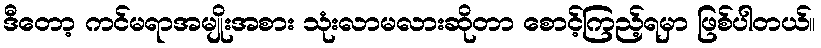
ဒီတော့ ကင်မရာအမျိုးအစား သုံးလာမလားဆိုတာ စောင့်ကြည့်ရမှာ ဖြစ်ပါတယ်။